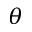
\theta